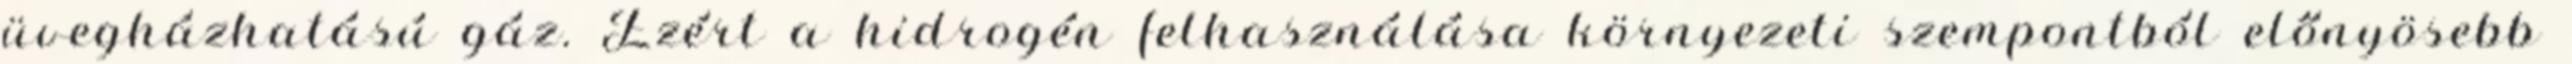
üvegházhatású gáz. Ezért a hidrogén felhasználása környezeti szempontból előnyösebb